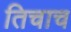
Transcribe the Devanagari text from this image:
तिचाच